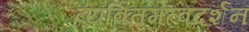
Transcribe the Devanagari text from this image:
व्यक्तिमत्वदर्शन